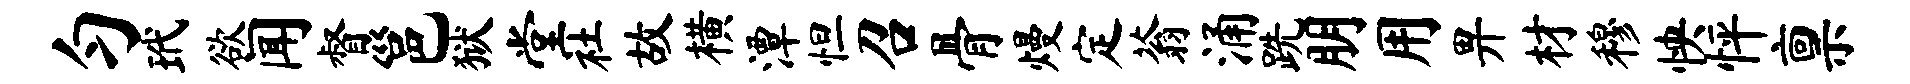
匀玳欲闻督邕狱堂社故横潭怛召骨熳定蓊涌跣朋用畀材穆怏怦禀